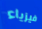
فيزياء